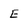
Character: E